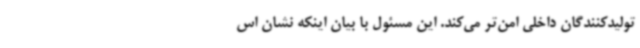
تولیدکنندگان داخلی امن‌تر می‌کند. این مسئول با بیان اینکه نشان اس